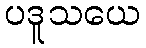
ပဒူသယေ